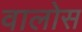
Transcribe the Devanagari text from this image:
वालोस